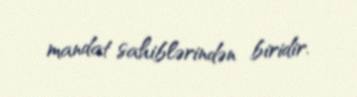
mandat sahiblərindən biridir.